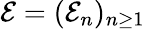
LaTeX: \mathcal E=({\mathcal E_{n}})_{n\geq 1}